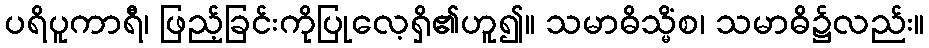
ပရိပူကာရီ၊ ဖြည့်ခြင်းကိုပြုလေ့ရှိ၏ဟူ၍။ သမာဓိသ္မိံစ၊ သမာဓိ၌လည်း။